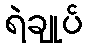
ရဲချုပ်